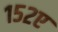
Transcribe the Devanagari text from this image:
१५२ए